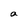
Character: a